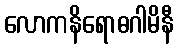
လောကနိရောဓဂါမိနီ